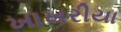
ખાખરીયા